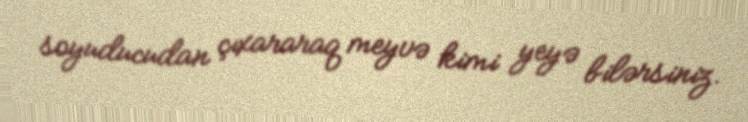
soyuducudan çıxararaq meyvə kimi yeyə bilərsiniz.